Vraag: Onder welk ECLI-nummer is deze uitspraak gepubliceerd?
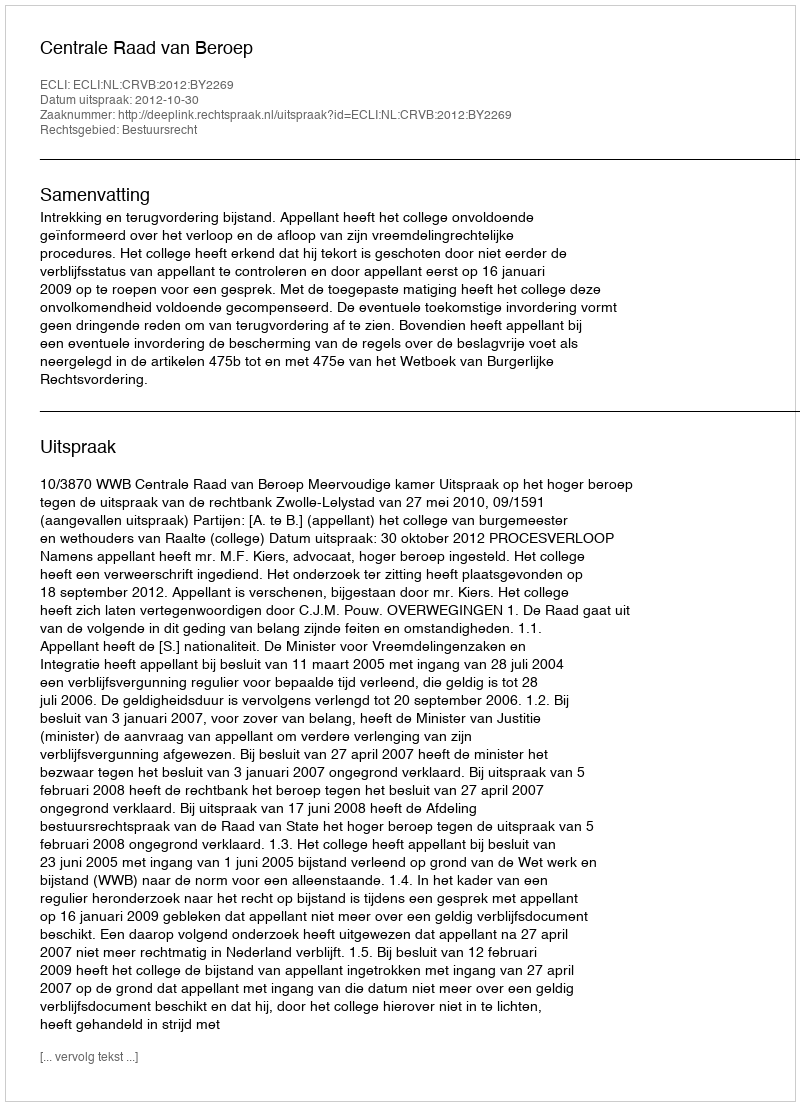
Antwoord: ECLI:NL:CRVB:2012:BY2269